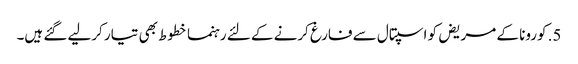
5. کورونا کے مریض کو اسپتال سے فارغ کرنے کے لئے رہنما خطوط بھی تیار کرلیے گئے ہیں۔